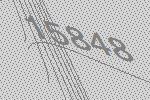
15848